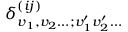
\delta _ { v _ { 1 } , v _ { 2 } \ldots ; v _ { 1 } ^ { \prime } v _ { 2 } ^ { \prime } \ldots } ^ { ( i j ) }